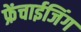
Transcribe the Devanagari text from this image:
फ्रेंचाईजिंग